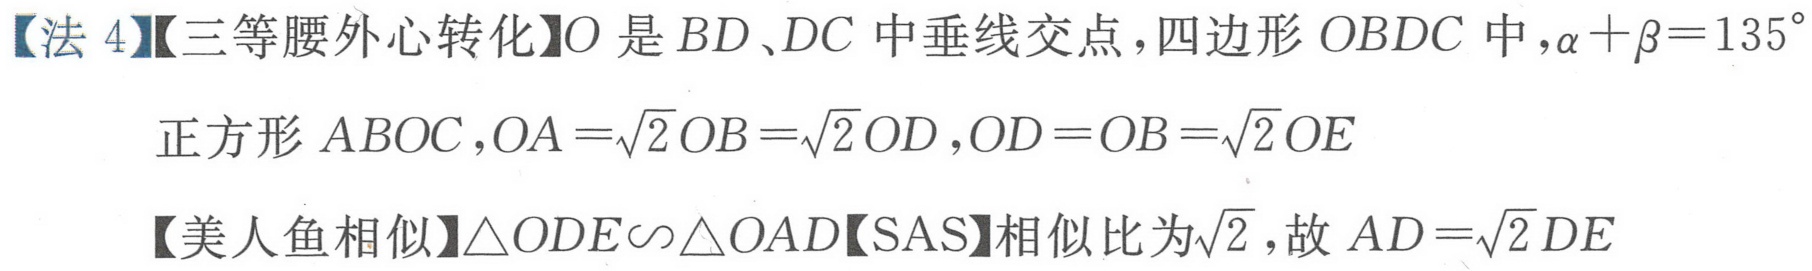
【法 4】【三等腰外心转化】\(O\)是\(BD\)、\(DC\)中垂线交点，四边形\(OBDC\)中，\(\alpha+\beta = 135^{\circ}\)
正方形\(ABOC\)，\(OA=\sqrt{2}OB=\sqrt{2}OD\)，\(OD = OB=\sqrt{2}OE\)
【美人鱼相似】\(\triangle ODE\sim\triangle OAD\)【SAS】相似比为\(\sqrt{2}\)，故\(AD=\sqrt{2}DE\)